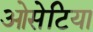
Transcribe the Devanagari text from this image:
ओसेटिया